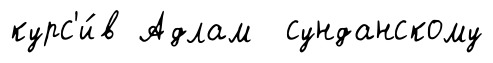
курс'и́в Адлам сунданскому